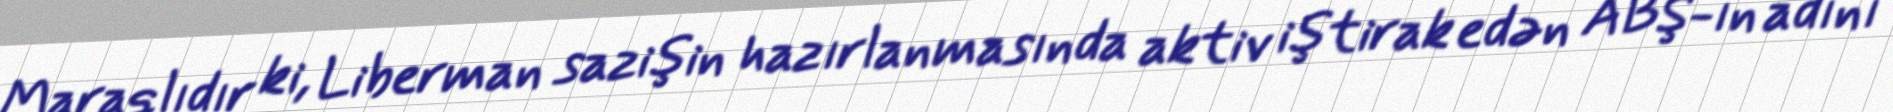
Maraqlıdır ki, Liberman sazişin hazırlanmasında aktiv iştirak edən ABŞ-ın adını